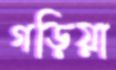
গড়িয়া